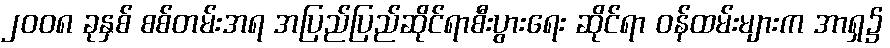
၂၀၀၈ ခုနှစ် စစ်တမ်းအရ အပြည်ပြည်ဆိုင်ရာစီးပွားရေး ဆိုင်ရာ ဝန်ထမ်းများက အာရှ၌